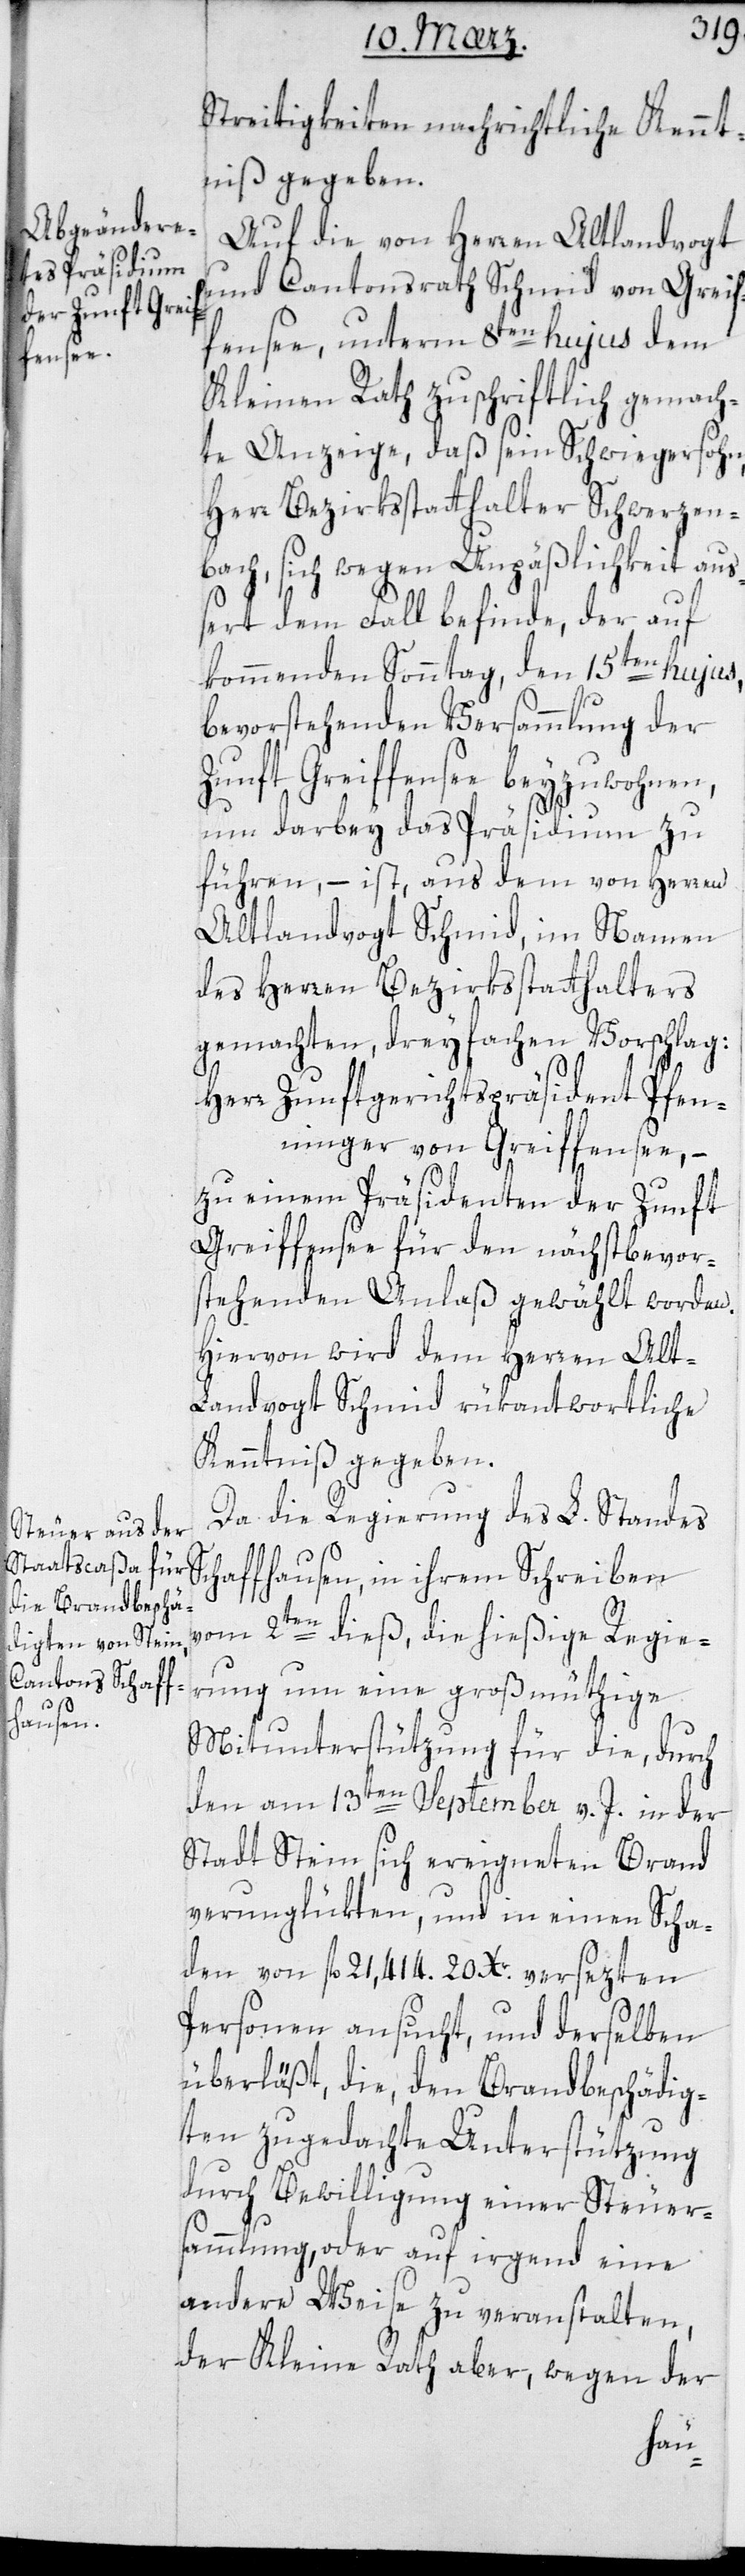
Streitigkeiten nachrichtliche Kennt¬
niß gegeben.
Auf die von Herren Altlandvogt
und Cantonsrath Schmid von Greif¬
fensee, unterm 8ten hujus dem
Kleinen Rath zuschriftlich gemach¬
te Anzeige, daß sein Schwiegersohn,
Herr Bezirksstatthalter Schwerzen¬
bach sich wegen Unpäßlichkeit au¬
ßert dem Fall befinde, der auf
kommenden Sonntag den 15ten hujus
bevorstehenden Versammlung der
Zunft Greiffensee beizuwohnen,
um darbey das Präsidium zu
führen, – ist aus dem von Herren
Altlandvogt Schmid, im Namen
des Herren Bezirksstatthalters
gemachten, dreyfachen Vorschlag:
Herr Zunftgerichtspräsident Pfen¬
ninger von Greiffensee, –
zu einem Präsidenten der Zunft
Greiffensee für den nächst bevor¬
stehenden Anlaß gewählt worden.
Hievon wird dem Herren Alt¬
landvogt Schmid rükantwortliche
Kenntniß gegeben.
Da die Regierung des L. Standes
Schaffhausen in ihrem Schreiben
vom 2ten dieß, die hießige Regie¬
rung um eine großmüthige
Mitunterstützung für die, durch
den am 13ten September v. J. in der
Stadt Stein sich ereigneten Brand
verunglükten und in einen Scha¬
den von fl. 21 414. 20 Xr. versezten
Personen ansucht, und derselben
überläßt, die den Brandbeschädig¬
ten zugedachte Unterstützung
durch Bewilligung einer Steuer¬
sammlung oder auf irgend eine
andere Weise zu veranstalten,
der Kleine Rath aber, wegen der